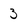
Character: 3